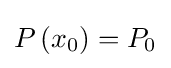
P\left(x_{0}\right)=P_{0}